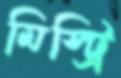
মিস্ট্রি